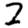
Digit: 2